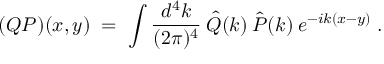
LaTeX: ( Q P ) ( x , y ) \; = \; \int \frac { d ^ { 4 } k } { ( 2 \pi ) ^ { 4 } } \: \hat { Q } ( k ) \: \hat { P } ( k ) \: e ^ { - i k ( x - y ) } \; .